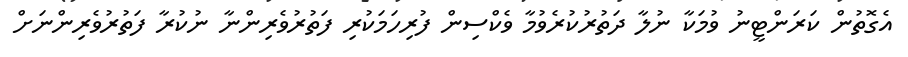
އެގޮތުން ކަރަންޓީނު ވުމަކާ ނުލާ ދަތުރުކުރެވުމާ ވެކްސިން ފުރިހަމަކުރި ފަތުރުވެރިންނާ ނުކުރާ ފަތުރުވެރިންނަށް